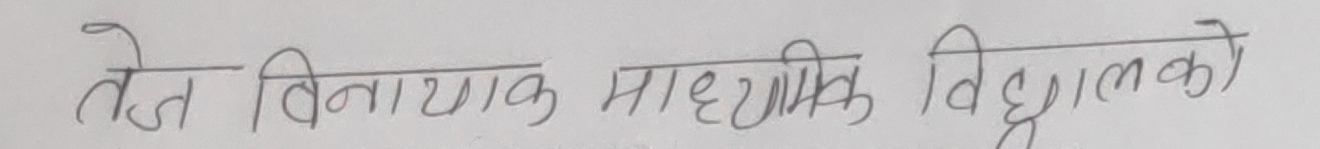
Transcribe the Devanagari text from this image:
तेज विनायक माध्यमिक विद्यालयको